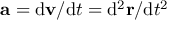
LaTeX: \mathbf { a } = \mathrm { d } \mathbf { v } / \mathrm { d } t = \mathrm { d } ^ { 2 } \mathbf { r } / \mathrm { d } t ^ { 2 }